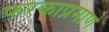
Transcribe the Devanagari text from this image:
फरकाप्रमाणे